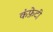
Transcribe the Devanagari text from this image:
कंफ़ेटी